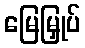
မြေမြှုပ်